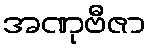
အဏုဗီဇာ